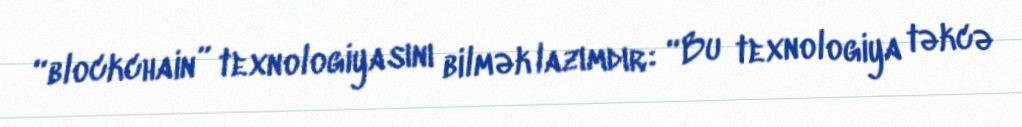
“blockchain” texnologiyasını bilmək lazımdır: “Bu texnologiya təkcə